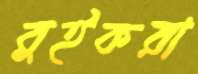
বুইকরা